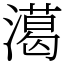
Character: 㵧